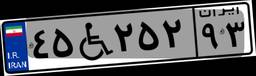
۴۵W۲۵۲۹۳